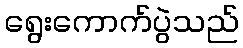
ရွေးကောက်ပွဲသည်